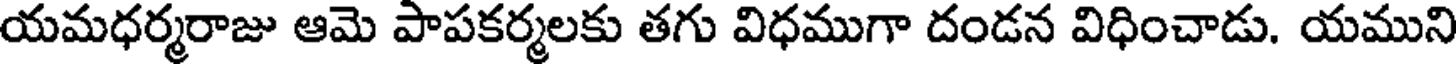
యమధర్మరాజు ఆమె పాపకర్మలకు తగు విధముగా దండన విధించాడు. యముని